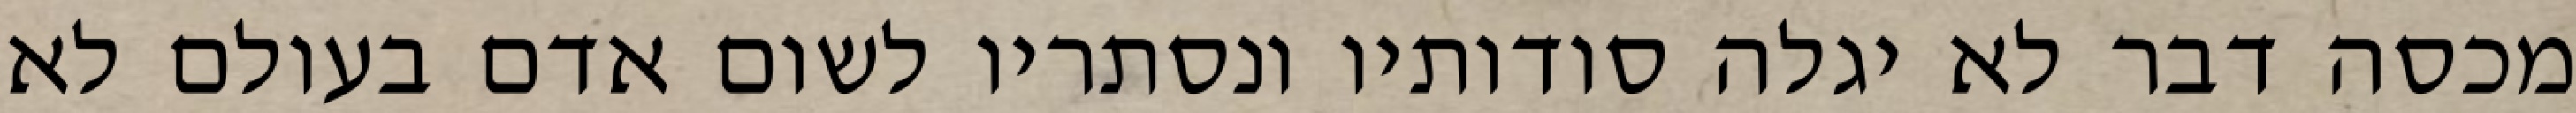
מכסה דבר לא יגלה סודותיו ונסתריו לשום אדם בעולם לא